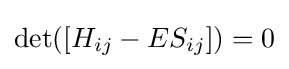
\mathrm {det} ([H_{ij}-ES_{ij}])=0